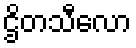
ဌိတသီလော